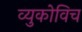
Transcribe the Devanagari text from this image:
व्युकोविच